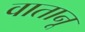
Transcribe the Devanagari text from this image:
वातानू